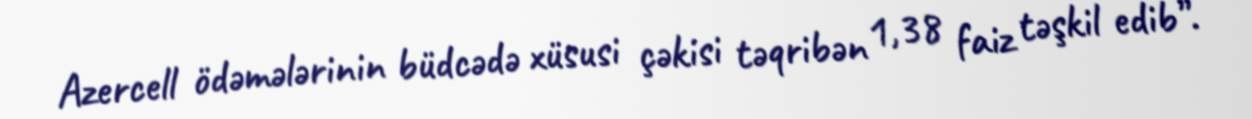
Azercell ödəmələrinin büdcədə xüsusi çəkisi təqribən 1,38 faiz təşkil edib”.